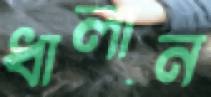
ধালান